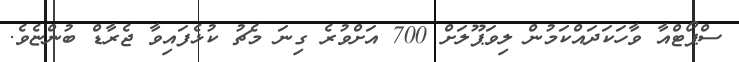
ސްޕޯޓްއާ ވާހަކަދައްކަމުން ލިވަޕޫލަށް 700 އަށްވުރެ ގިނަ މެޗު ކުޅެފައިވާ ޖެރާޑް ބުންޏެވެ.